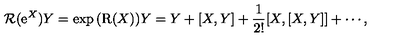
\mathrm { \cal { R } } ( \mathrm { e } ^ { X } ) Y = \exp { ( \mathrm { R } ( X ) ) } Y = Y + [ X , Y ] + \frac { 1 } { 2 ! } [ X , [ X , Y ] ] + \cdots ,